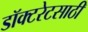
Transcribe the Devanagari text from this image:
डॉक्टरेटसाठी